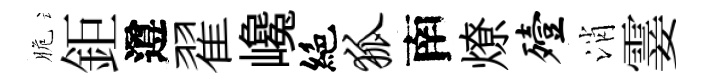
脆鉅遵翟巉絶狐南燎殪消霎